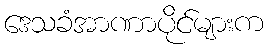
ဒေသခံအာဏာပိုင်များက